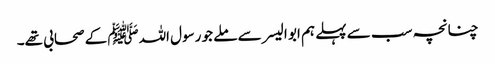
چنانچہ سب سے پہلے ہم ابو الیسر سے ملے جو رسول اللہﷺ کے صحابی تھے۔